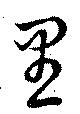
里